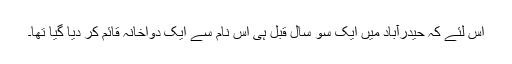
اس لئے کہ حیدرآباد میں ایک سو سال قبل ہی اس نام سے ایک دواخانہ قائم کر دیا گیا تھا۔